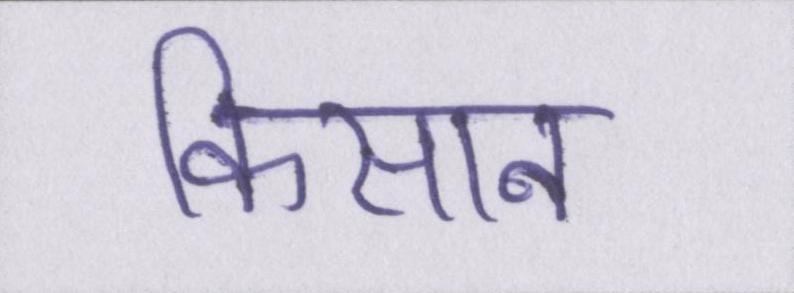
किसान